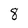
Character: 8